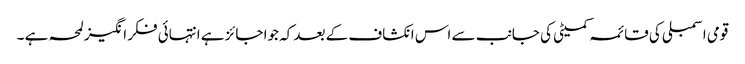
قومی اسمبلی کی قائمہ کمیٹی کی جانب سے اس انکشاف کے بعد کہ جوا جائز ہے انتہائی فکر انگیز لمحہ ہے ۔